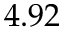
4 . 9 2